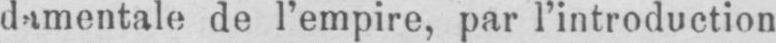
de l’empire, par l’introduction